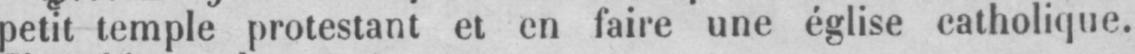
petit temple protestant et en faire une église catholique.